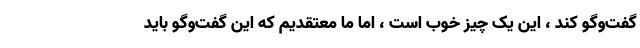
گفت‌وگو کند ، این یک چیز خوب است ، اما ما معتقدیم که این گفت‌وگو باید